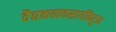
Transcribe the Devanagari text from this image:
वैद्यकव्यवसायींकडून